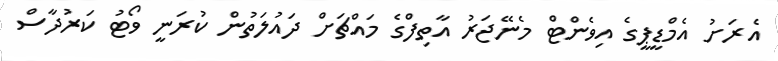
އެރަށު އެމްޑީޕީގެ އިވެންޓް މެނޭޖަރު އާތިފްގެ މައްޗަށް ދައުލަތުން ކުރަނީ ވޯޓު ކަރުދާސް